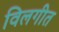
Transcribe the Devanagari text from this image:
विलगीत